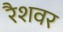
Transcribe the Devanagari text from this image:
रैशवर